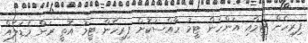
ފިރިހެން ޓީމާއި އަންހެން ޓީމު ހާއްސަކޮށް ފިރިހެން ޓީމު އޮތީ ރަން މެޑަލެއް